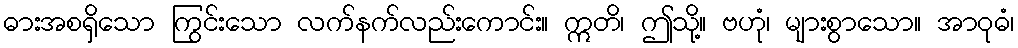
ဓားအစရှိသော ကြွင်းသော လက်နက်လည်းကောင်း။ ဣတိ၊ ဤသို့။ ဗဟုံ၊ များစွာသော။ အာဝုဓံ၊